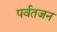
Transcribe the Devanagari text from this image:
पर्वतजन